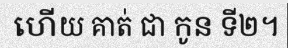
ហើយ គាត់ ជា កូន ទី២។